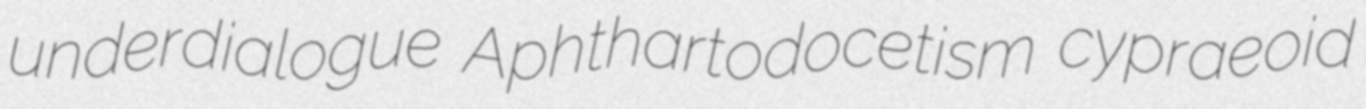
underdialogue Aphthartodocetism cypraeoid